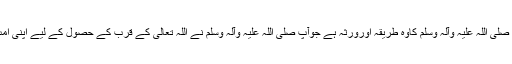
لیکن فقر حضورِ اکرم صلی اللہ علیہ وآلہٖ وسلم کاوہ طریقہ اورورثہ ہے جوآپ صلی اللہ علیہ وآلہٖ وسلم نے اللہ تعالیٰ کے قرب کے حصول کے لیے اپنی اُمت کو عطا فرمایا ہے۔